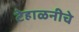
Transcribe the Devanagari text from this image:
टेहाळनीचे